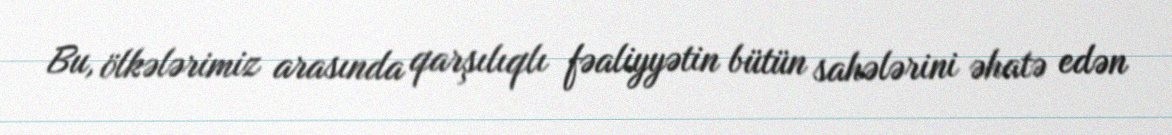
Bu, ölkələrimiz arasında qarşılıqlı fəaliyyətin bütün sahələrini əhatə edən